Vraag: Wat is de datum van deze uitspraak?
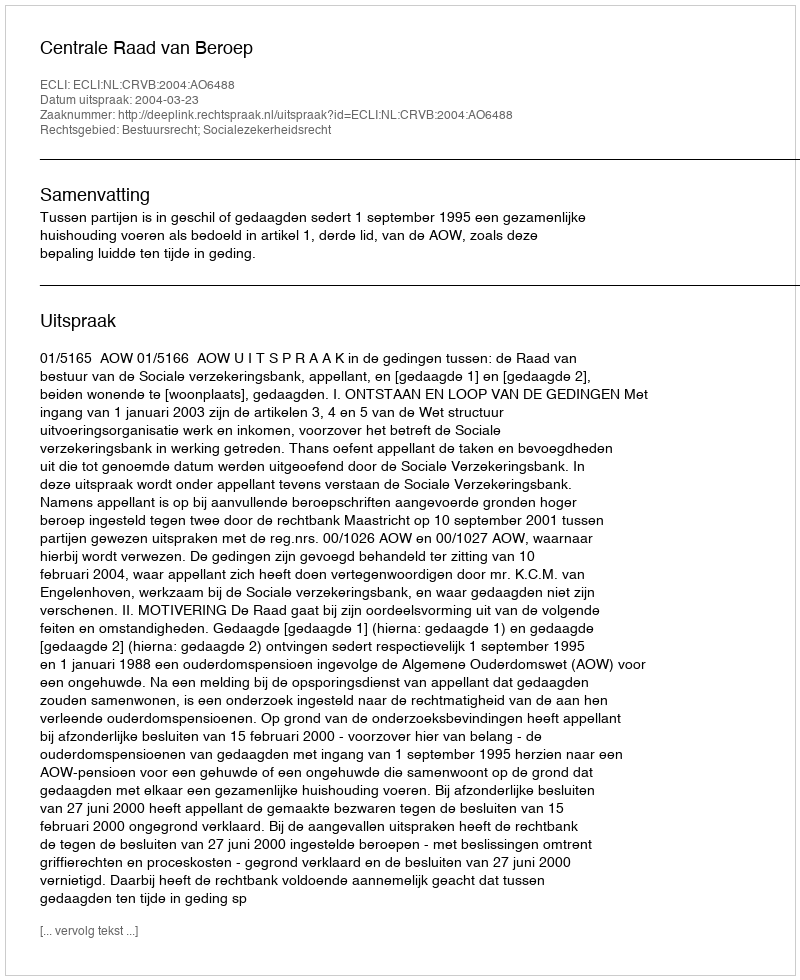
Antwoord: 2004-03-23